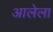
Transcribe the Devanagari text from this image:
अालेला